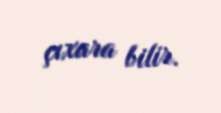
çıxara bilir.